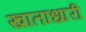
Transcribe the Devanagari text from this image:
खाताधारी